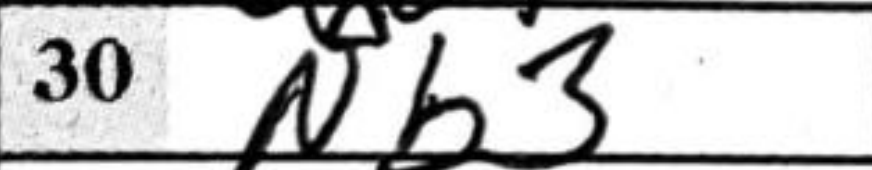
Transcription: Nb3